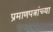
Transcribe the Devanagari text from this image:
प्रमाणपत्रांच्या